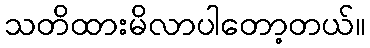
သတိထားမိလာပါတော့တယ်။